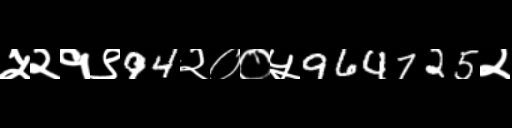
Text: ५२१९94२००५964725२